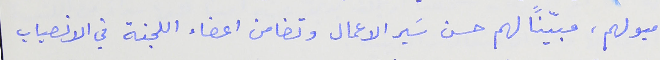
ميولهم، مبيّنًا لهم حسن سَير الاعمال وتضامن اعضاء اللجنة في الانصباب